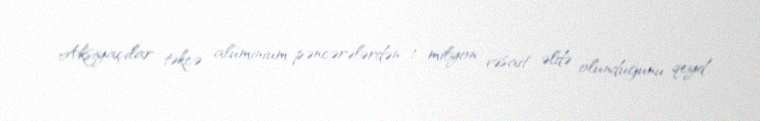
Aksiyaçılar təkcə alüminium pəncərələrdən 1 milyon vəsait əldə olunduğunu qeyd